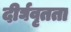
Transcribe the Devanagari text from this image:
दीर्घवृतता